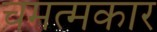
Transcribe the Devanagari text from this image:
चमत्मकार